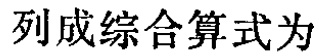
列成综合算式为